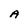
Character: A